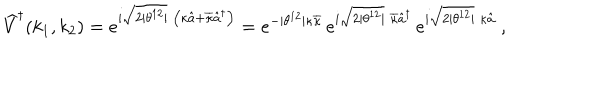
\widehat { V } ^ { \dagger } ( k _ { 1 } , k _ { 2 } ) = e ^ { i \sqrt { 2 | \theta ^ { 1 2 } | } \; \left( \kappa \hat { a } + \overline { { { \kappa } } } \hat { a } ^ { \dagger } \right) } = e ^ { - | \theta ^ { 1 2 } | \kappa \overline { { { \kappa } } } } \, e ^ { i \sqrt { 2 | \theta ^ { 1 2 } | } \; \overline { { { \kappa } } } \hat { a } ^ { \dagger } } \, e ^ { i \sqrt { 2 | \theta ^ { 1 2 } | } \; \kappa \hat { a } } ~ ,